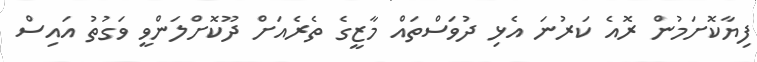
ފިޔާކޮށަމުން ރޮއެ ކަރުނަ އެޅި ދުވަސްތައް މާޒީގެ ތެރެއަށް ދޫކޮށްލަންވީ ވަގުތު އައިސް